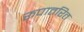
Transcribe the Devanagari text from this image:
रूपातरित